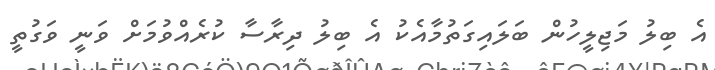
އެ ބިލު މަޖިލީހުން ބަލައިގަތުމާއެކު އެ ބިލު ދިރާސާ ކުރެއްވުމަށް ވަނީ ވަގުތީ